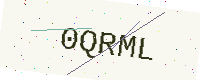
Text: 0QRML